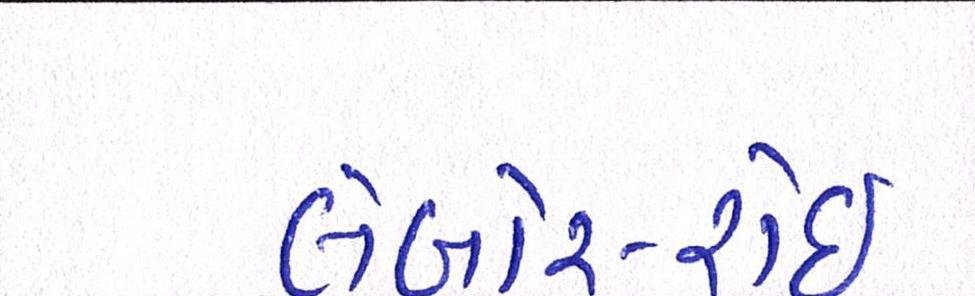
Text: લેબોર-રોઈ